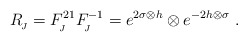
\begin{align*}R_{_{\!J}}=F^{21}_{_{\!J}}F^{-1}_{_{\!J}}=e^{2\sigma \otimes h}\otimes e^{-2h\otimes \sigma}~.\end{align*}